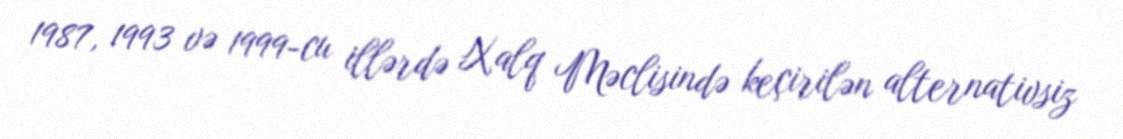
1987, 1993 və 1999-cu illərdə Xalq Məclisində keçirilən alternativsiz